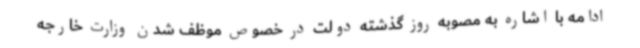
ادامه با اشاره به مصوبه روز گذشته دولت در خصوص موظف شدن وزارت خارجه